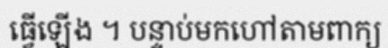
ធ្វើឡើង ។ បន្ទាប់មកហៅតាមពាក្យ